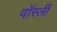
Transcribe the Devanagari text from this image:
वॉर्स्ली